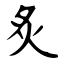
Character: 炙